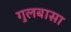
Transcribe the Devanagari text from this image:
गुलबासा